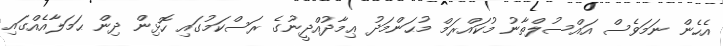
އެހެން ނަމަވެސް އައްސުލްތާނު މުކައްރަމް މުޙަންމަދު ޢިމާދުއްދީނުގެ ރަސްކަމުގައި ހޮޅިން ދިން ޙަމަލާއެއްގައި